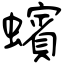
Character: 蠙